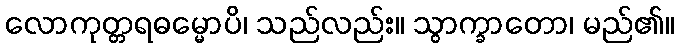
လောကုတ္တရဓမ္မောပိ၊ သည်လည်း။ သွာက္ခာတော၊ မည်၏။